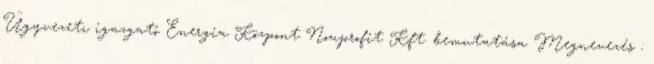
Ügyvezetı igazgató Energia Központ Nonprofit Kft. bemutatása Megnevezés :